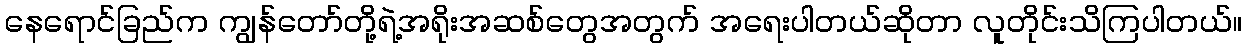
နေရောင်ခြည်က ကျွန်တော်တို့ရဲ့အရိုးအဆစ်တွေအတွက် အရေးပါတယ်ဆိုတာ လူတိုင်းသိကြပါတယ်။